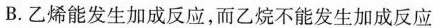
B.乙烯能发生加成反应，而乙烷不能发生加成反应